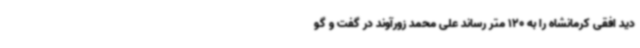
دید افقی کرمانشاه را به 120 متر رساند علی محمد زورآوند در گفت و گو